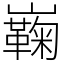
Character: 巈